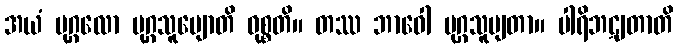
အယံ ပုဂ္ဂလော မုဂ္ဂသူပျောတိ ဝုစ္စတိ။ တဿ ဘာဝေါ မုဂ္ဂသူပျတာ။ ပါရိဘဋျတာတိ